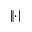
\lVert \cdot \rVert